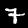
Digit: 7